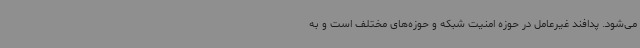
می‌شود. پدافند غیرعامل در حوزه امنیت شبکه و حوزه‌های مختلف است و به